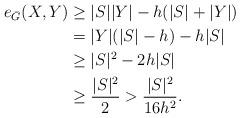
LaTeX: \begin{align*}e_{\bar{G}}(X,Y)& \geq |S||Y|-h(|S|+|Y|)\\& = |Y|(|S|-h)-h|S|\\& \geq |S|^2-2h|S|\\& \geq \frac{|S|^2}{2}>\frac{|S|^2}{16h^2}.\end{align*}